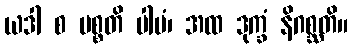
ယဒါ စ ပစ္စတိ ပါပံ၊ အထ ဒုက္ခံ နိဂစ္ဆတိ။